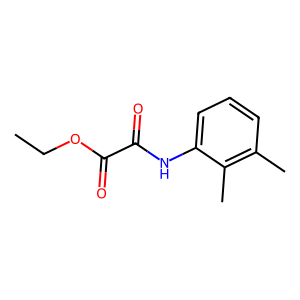
SMILES: CCOC(=O)C(=O)Nc1cccc(C)c1C
Inhibits HIV replication: No